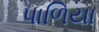
પાળિયા